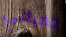
جميلتي